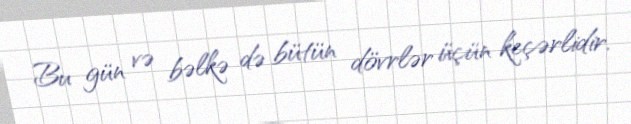
Bu gün və bəlkə də bütün dövrlər üçün keçərlidir.